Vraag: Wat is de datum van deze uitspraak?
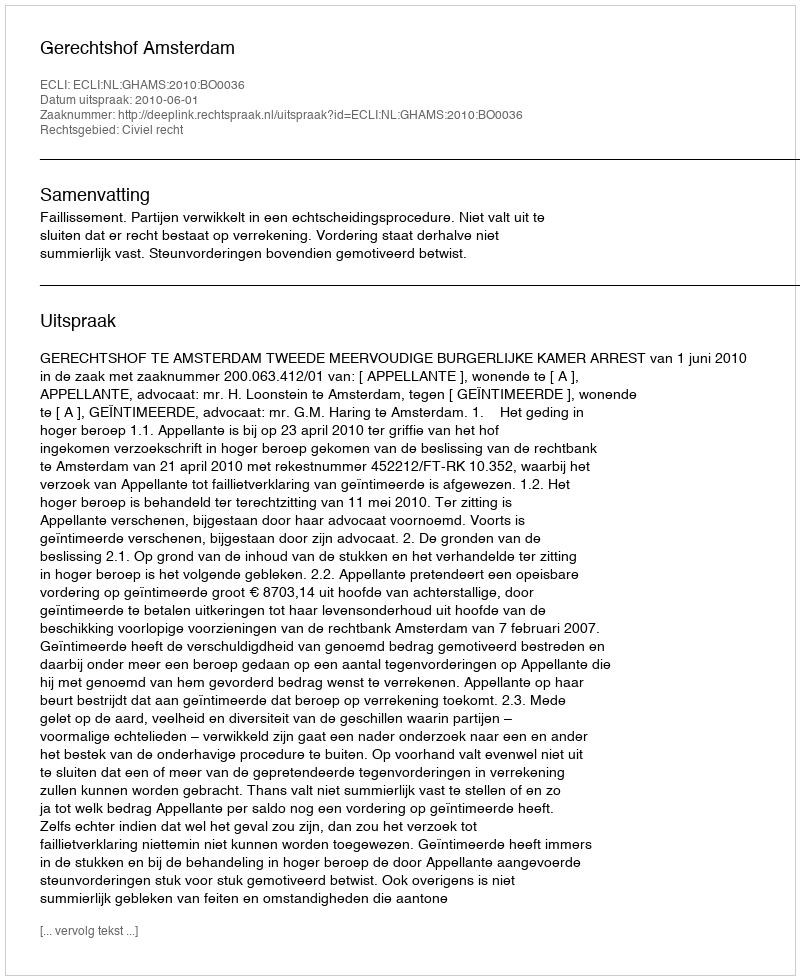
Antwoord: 2010-06-01